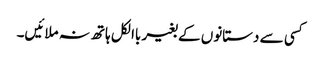
کسی سے دستانوں کے بغیر باالکل ہاتھ نہ ملائیں۔